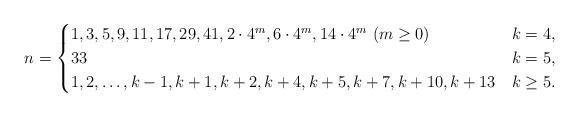
LaTeX: \begin{align*}n = \begin{cases}1, 3, 5, 9, 11, 17, 29, 41, 2\cdot4^m, 6\cdot4^m, 14\cdot4^m ~(m \ge 0) & k = 4, \\33 & k = 5, \\1, 2, \dots, k-1, k+1, k+2, k+4, k+5, k+7, k+10, k+13 & k \ge 5.\end{cases}\end{align*}